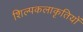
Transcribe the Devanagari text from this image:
शिल्पकलाकृतियों